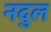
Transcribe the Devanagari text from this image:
नदुल